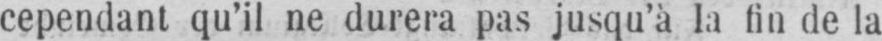
cependant qu’il ne durera pas jusqu’à la fin de la